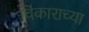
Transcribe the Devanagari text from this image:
चिंकाराच्या